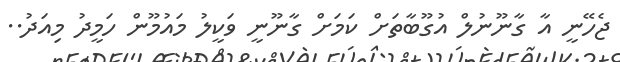
ޖެހޭނީ އާ ގާނޫނުލް އުގޫބާތަށް ކަމަށް ގާނޫނީ ވަކީލު މައުމޫން ހަމީދު މިއަދު..